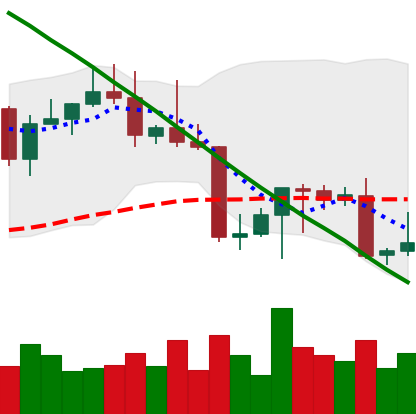
Ticker: LTC-USD
Chart end date: 2022-08-28
Forward return: 13.857%
Label: up_7plus